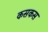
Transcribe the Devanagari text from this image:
कसकस